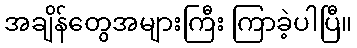
အချိန်တွေအများကြီး ကြာခဲ့ပါပြီ။